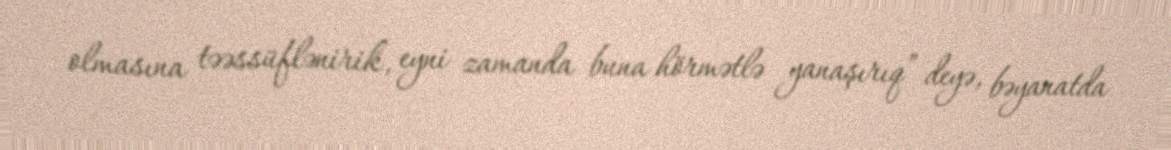
olmasına təəssüflənirik, eyni zamanda buna hörmətlə yanaşırıq” deyə, bəyanatda